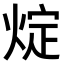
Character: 𤊟